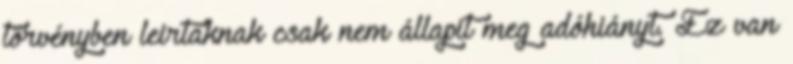
törvényben leirtaknak csak nem állapit meg adóhiányt. Ez van